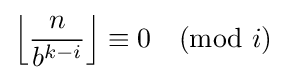
\left\lfloor {\frac {n}{b^{k-i}}}\right\rfloor \equiv 0{\pmod {i}}